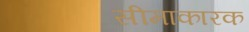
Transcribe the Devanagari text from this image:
सीमाकारक